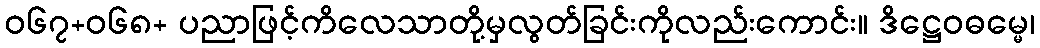
ဝ၆၇+၀၆၈+ ပညာဖြင့်ကိလေသာတို့မှလွတ်ခြင်းကိုလည်းကောင်း။ ဒိဋ္ဌေဝဓမ္မေ၊